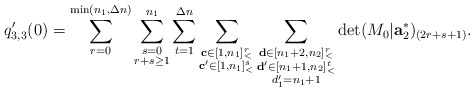
\begin{align*}q_{3,3}'(0)=\sum\limits_{r=0}^{\min(n_1,\Delta n)}\sum\limits_{\substack{s=0\\r+s\ge 1}}^{n_1}\sum\limits_{t=1}^{\Delta n}\sum\limits_{\substack{\mathbf{c}\in [1,n_1]_<^r\\\mathbf{c'}\in [1,n_1]_<^s}}\sum\limits_{\substack{\mathbf{d}\in [n_1+2,n_2]_<^r\\\mathbf{d'}\in [n_1+1,n_2]_<^t\\d'_1=n_1+1}}\det (M_0|\mathbf{a}_2^\ast)_{(2r+s+1)}.\end{align*}